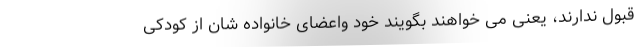
قبول ندارند، یعنی می خواهند بگویند خود واعضای خانواده شان از کودکی